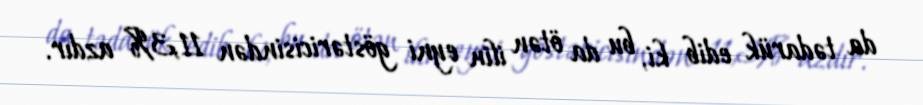
da tədarük edib ki, bu da ötən ilin eyni göstəricisindən 11,3% azdır.